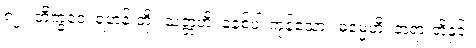
၈၂။ ဘိက္ခဝေ၊ ရဟန်းတို့။ သတ္တဟိ၊ ခုနစ်ပါးကုန်သော။ ဓမ္မေဟိ၊ တရားတို့နှင့်။